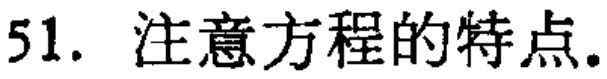
51. 注意方程的特点.